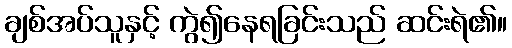
ချစ်အပ်သူနှင့် ကွဲ၍နေရခြင်းသည် ဆင်းရဲ၏။